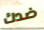
ضدك